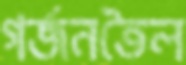
গর্জনতৈল